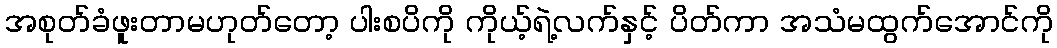
အစုတ်ခံဖူးတာမဟုတ်တော့ ပါးစပိကို ကိုယ့်ရဲ့လက်နှင့် ပိတ်ကာ အသံမထွက်အောင်ကို